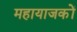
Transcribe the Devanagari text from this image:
महायाजकों